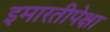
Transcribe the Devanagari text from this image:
इमारतीपेक्षा